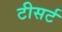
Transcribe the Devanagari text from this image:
टीसर्ट